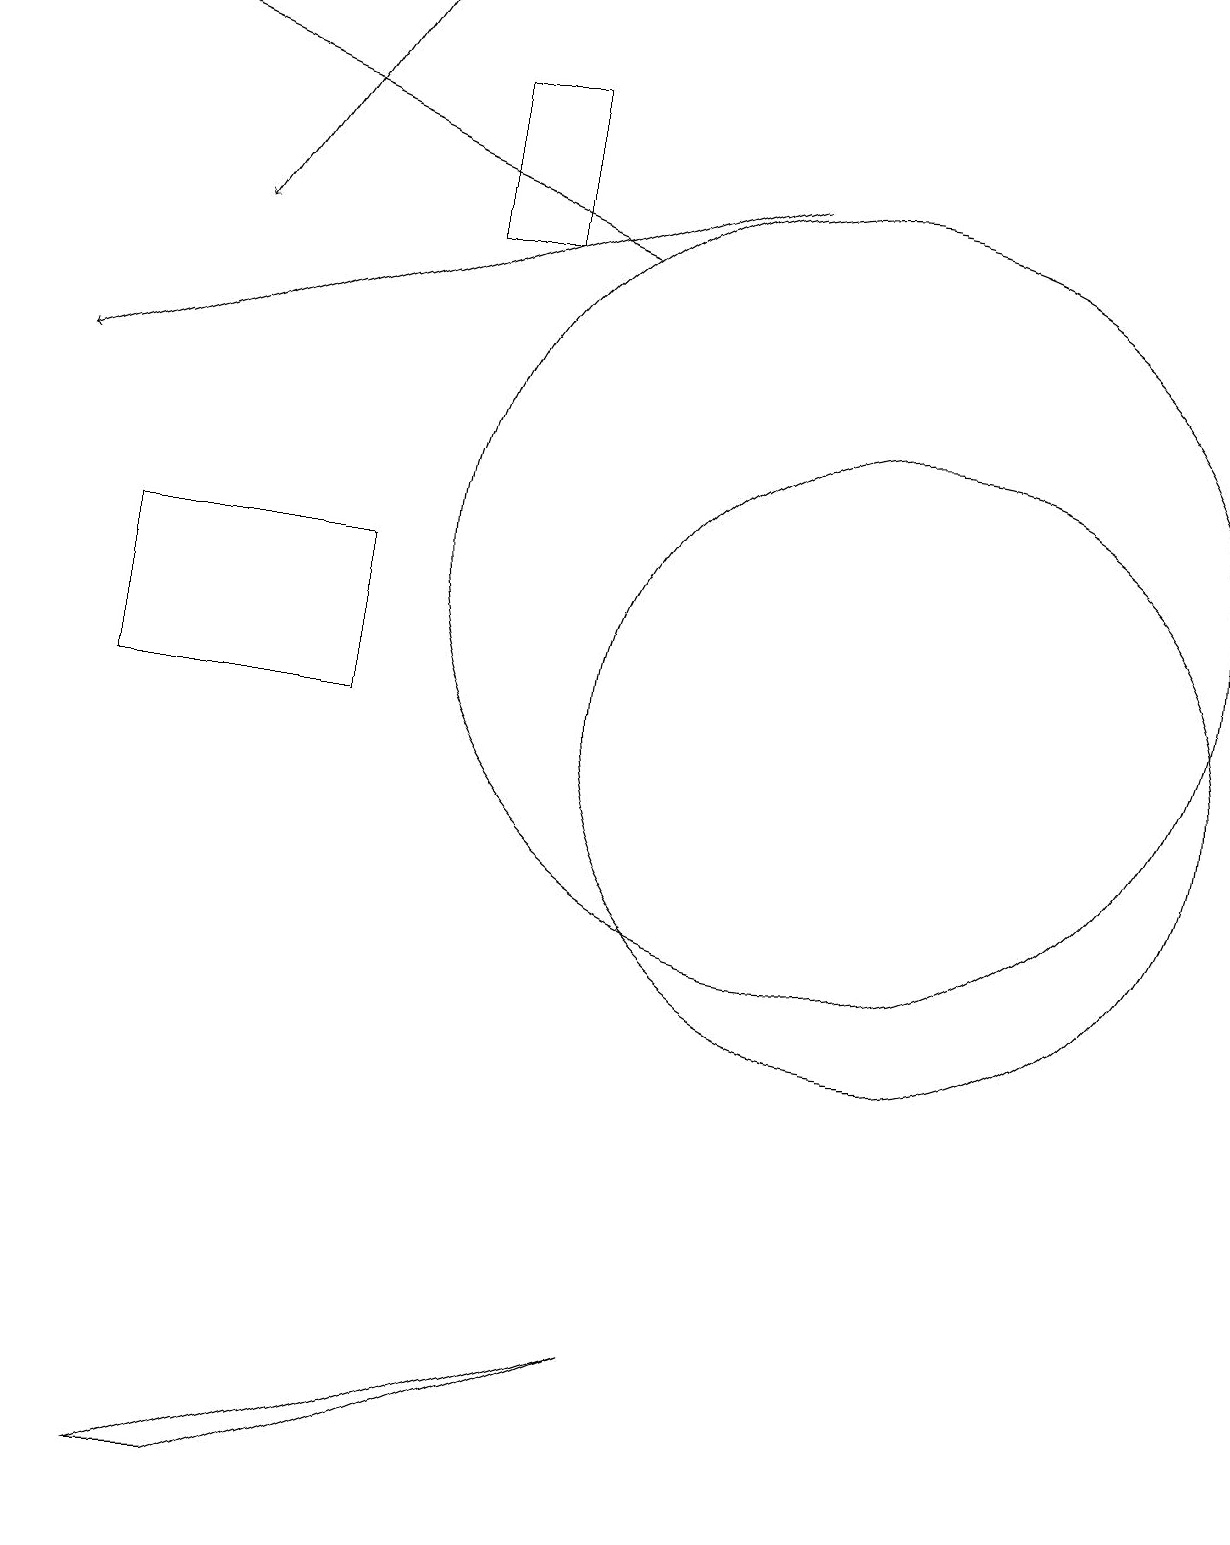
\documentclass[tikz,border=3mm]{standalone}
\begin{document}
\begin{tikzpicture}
\draw (4,12) rectangle (1,10);
\draw (2,0) -- (8,2) -- (3,0) -- cycle;
\draw[->] (9,17) -- (0,14);
\draw (11,10) circle (4);
\draw[->] (7,16) -- (0,19);
\draw (10,12) circle (5);
\draw[->] (4,19) -- (2,16);
\draw (5,16) rectangle (6,18);
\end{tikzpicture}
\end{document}